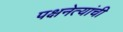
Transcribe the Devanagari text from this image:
पक्षनेत्यांची